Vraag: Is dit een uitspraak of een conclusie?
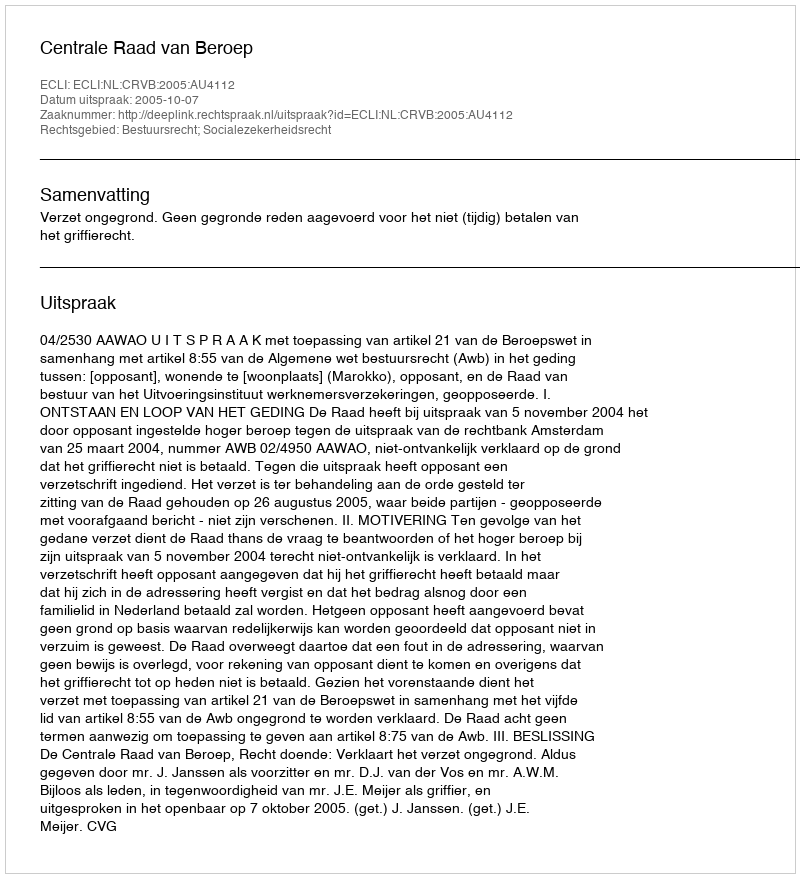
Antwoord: Uitspraak